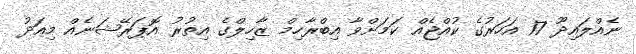
ނެއްލައިދޫ 17 އަހަރުގެ ކުއްޖެއް ކަމަށްވާ އިބްރާހިމް ޒާހިލްގެ އިތުރު އޮޕަރޭޝަނެއް މިއަދު